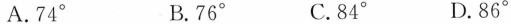
A.74° B.76° C.84° D.86°